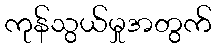
ကုန်သွယ်မှုအတွက်